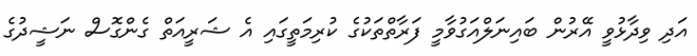
އަދި ވިދާޅުވީ އޭރުން ބައިނަލްއަގުވާމީ ފަރާތްތަކުގެ ކުރިމަތީގައި އެ ޝަރީއަތް ގެންގޮސް ނަޝީދުގެ